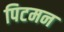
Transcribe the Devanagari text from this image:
पिटमन